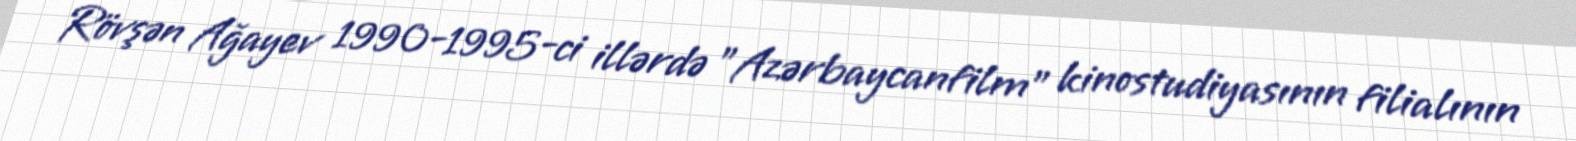
Rövşən Ağayev 1990-1995-ci illərdə "Azərbaycanfilm" kinostudiyasının filialının